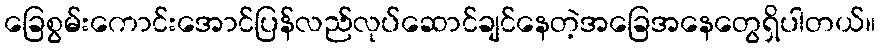
ခြေစွမ်းကောင်းအောင်ပြန်လည်လုပ်ဆောင်ချင်နေတဲ့အခြေအနေတွေရှိပါတယ်။